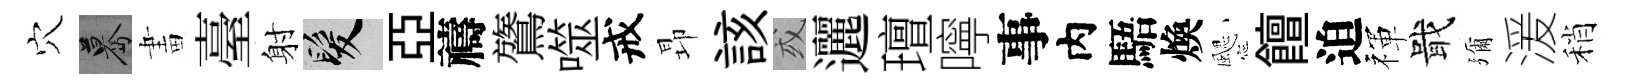
穴驀畫臺射髮亞禱鷟噬戒昻該或邐璮嚀事内䮏煥颸饘迫禈戢彌湲稍